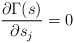
\begin{align*}\frac{\partial \Gamma(s)}{\partial s_j} = 0 \end{align*}